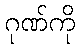
ဂုဏ်ကို